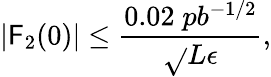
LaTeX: |\mathsf{F}_{2}(0)|\leq{\frac{{0.02\; pb^{-1/2}}}{{\sqrt{}{{L\epsilon}}}}},